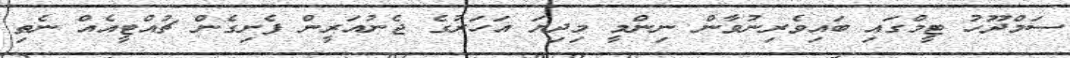
ސަމްދޫހު ޓީމްގައި ބައިވެރިނުވާން ނިންމީ މިދިޔަ އަހަރުގެ ޖެނުއަރީން ފެށިގެން ޗުއްޓީއެއް ނެތި